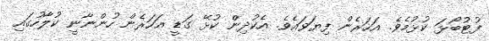
ފުޓުބޯޅަ ކުޅުމެވެ. އަހަރެން ފިޔަވައެވެ. އެކުދިން ކުޅޭ ގަޑީ އަހަރެން ހުންނާނީ ކުލާހުގައި